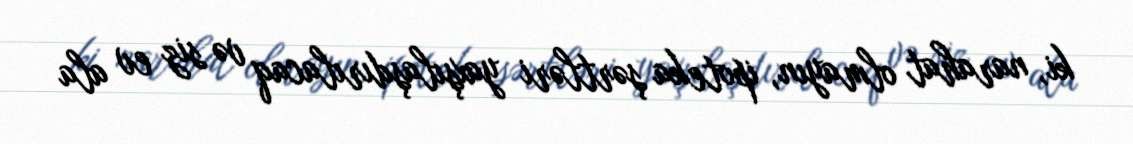
ki, narahat olmayın, ipoteka şərtləri yaxşılaşdırılacaq və siz ev ala